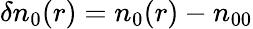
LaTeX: \delta n_{0}(r)=n_{0}(r)-n_{00}